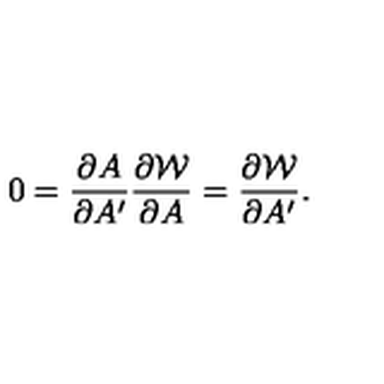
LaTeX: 0 = { \frac { \partial A } { \partial A ^ { \prime } } } { \frac { \partial { \cal W } } { \partial A } } = { \frac { \partial { \cal W } } { \partial A ^ { \prime } } } .